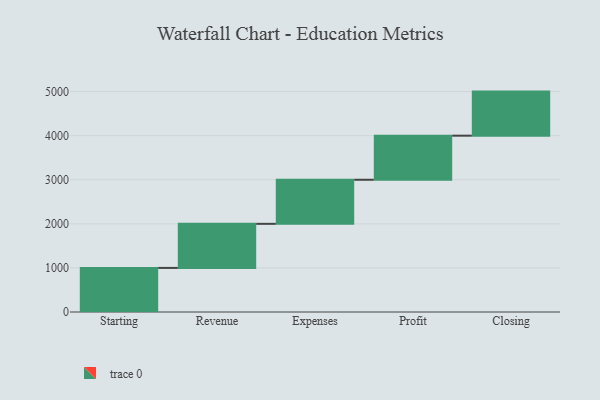
{"axis": {"x": "Step", "y": "Value"}, "legend": [""], "data": [{"x": "Starting", "y": 1000, "type": ""}, {"x": "Revenue", "y": 1000, "type": ""}, {"x": "Expenses", "y": 1000, "type": ""}, {"x": "Profit", "y": 1000, "type": ""}, {"x": "Closing", "y": 1000, "type": ""}]}